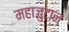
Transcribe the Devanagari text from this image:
महाजुटान